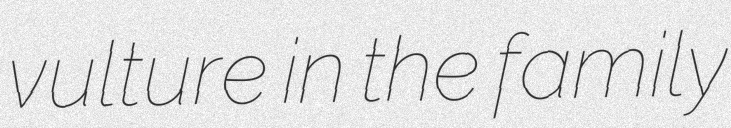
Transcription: vulture in the family